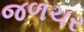
જળચર